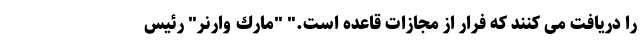
را دریافت می کنند که فرار از مجازات قاعده است." "مارك وارنر" رئیس